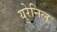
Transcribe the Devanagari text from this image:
युरेनिल